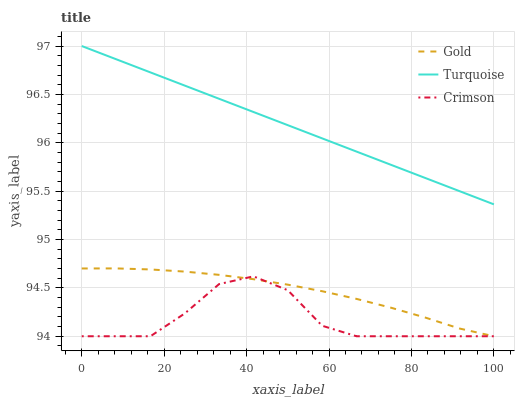
| xaxis_label | Gold | Turquoise | Crimson |
 | --- | --- | --- | --- |
 | 0 | 94.7 | 97 | 94 |
 | 8.33 | 94.7 | 96.9 | 94 |
 | 16.7 | 94.7 | 96.7 | 94 |
 | 25 | 94.7 | 96.6 | 94.2 |
 | 33.3 | 94.6 | 96.5 | 94.5 |
 | 41.7 | 94.6 | 96.3 | 94.6 |
 | 50 | 94.5 | 96.2 | 94.5 |
 | 58.3 | 94.5 | 96 | 94.1 |
 | 66.7 | 94.4 | 95.9 | 94 |
 | 75 | 94.3 | 95.8 | 94 |
 | 83.3 | 94.2 | 95.6 | 94 |
 | 91.7 | 94.1 | 95.5 | 94 |
 | 100 | 94 | 95.4 | 94 |